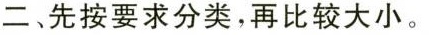
二先按要求分类，再比较大小。